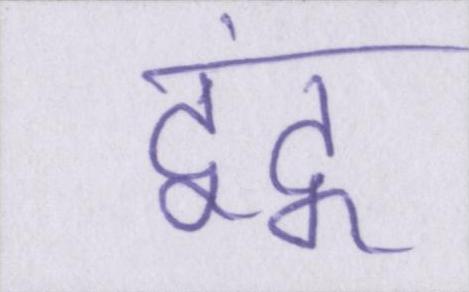
द्वंद्व